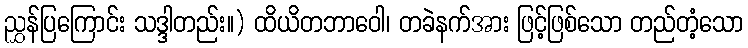
ညွှန်ပြကြောင်း သဒ္ဒါတည်း။) ထိယိတဘာဝေါ၊ တခဲနက်အား ဖြင့်ဖြစ်သော တည်တံ့သော